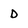
Character: D